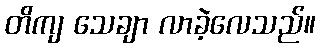
တိကျ သေချာ လာခဲ့လေသည်။